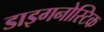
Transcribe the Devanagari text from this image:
डाइगनोस्टिक